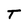
Character: T